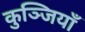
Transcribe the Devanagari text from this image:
कुञ्जियाँ